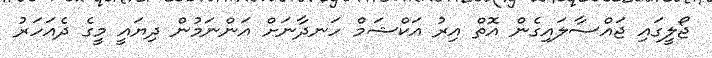
ޖޯލީގައި ޖައްސާލައިގެން އޮތް އިރު އަކްޝަމް ހަނދާނަށް އަންނަމުން ދިޔައީ މީގެ ދެއަހަރު